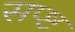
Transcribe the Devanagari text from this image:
सप्ष्ट